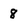
Character: 8